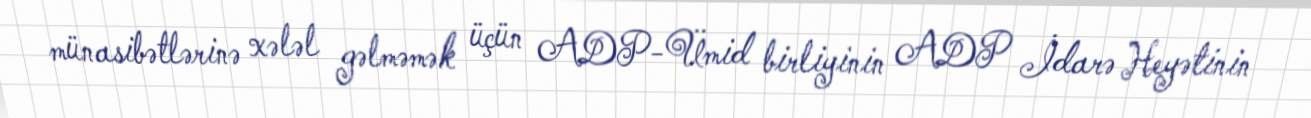
münasibətlərinə xələl gəlməmək üçün ADP-Ümid birliyinin ADP İdarə Heyətinin